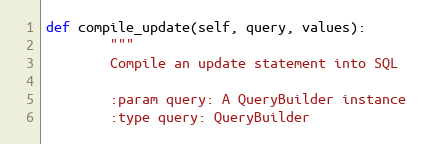
Language: Python
def compile_update(self, query, values):
        """
        Compile an update statement into SQL

        :param query: A QueryBuilder instance
        :type query: QueryBuilder